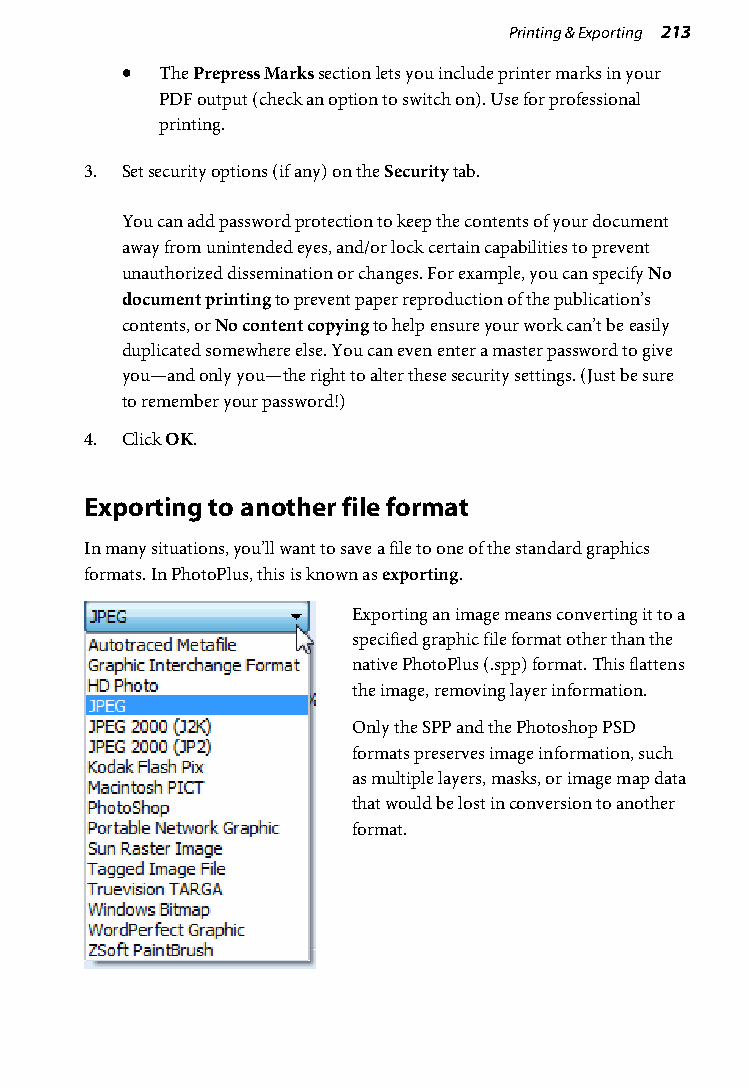
Printing & Exporting 213
 •  The Prepress Marks section lets you include printer marks in your
 PDF output (check an option to switch on). Use for professional
 printing.
 3. Set security options (if any) on the Security tab.
 You can add password protection to keep the contents of your document
 away from unintended eyes, and/or lock certain capabilities to prevent
 unauthorized dissemination or changes. For example, you can specify No
 document printing to prevent paper reproduction of the publication’s
 contents, or No content copying to help ensure your work can’t be easily
 duplicated somewhere else. You can even enter a master password to give
 you—and only you—the right to alter these security settings. (Just be sure
 to remember your password!)
 4. Click OK.
 Exporting to another file format
 In many situations, you’ll want to save a file to one of the standard graphics
 formats. In PhotoPlus, this is known as exporting.
 Exporting an image means converting it to a
 specified graphic file format other than the
 native PhotoPlus (.spp) format. This flattens
 the image, removing layer information.
 Only the SPP and the Photoshop PSD
 formats preserves image information, such
 as multiple layers, masks, or image map data
 that would be lost in conversion to another
 format.